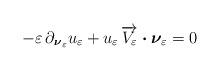
LaTeX: \begin{align*}- \varepsilon \, \partial_{\boldsymbol{\nu}_\varepsilon} u_\varepsilon + u_\varepsilon \, \overrightarrow{V_\varepsilon}\boldsymbol{\cdot}\boldsymbol{\nu}_\varepsilon = 0 \end{align*}